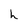
Character: h